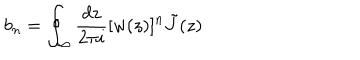
b _ { n } = \oint _ { \infty } \frac { d z } { 2 \pi i } [ w ( z ) ] ^ { n } \tilde { J } ( z )